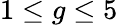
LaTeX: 1\leq g\leq 5